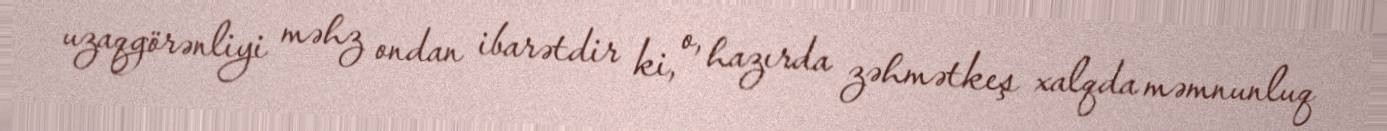
uzaqgörənliyi məhz ondan ibarətdir ki, o, hazırda zəhmətkeş xalqda məmnunluq